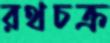
রথচক্র